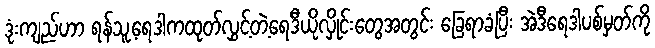
ဒုံးကျည်ဟာ ရန်သူ့ရေဒါကထုတ်လွှင့်တဲ့ရေဒီယိုလှိုင်းတွေအတွင်း ခြေရာခံပြီး အဲဒီရေဒါပစ်မှတ်ကို